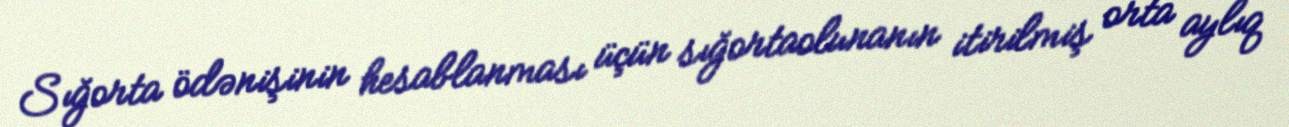
Sığorta ödənişinin hesablanması üçün sığortaolunanın itirilmiş orta aylıq